Tartu_pedagoogiumi_aruanded, lk 14
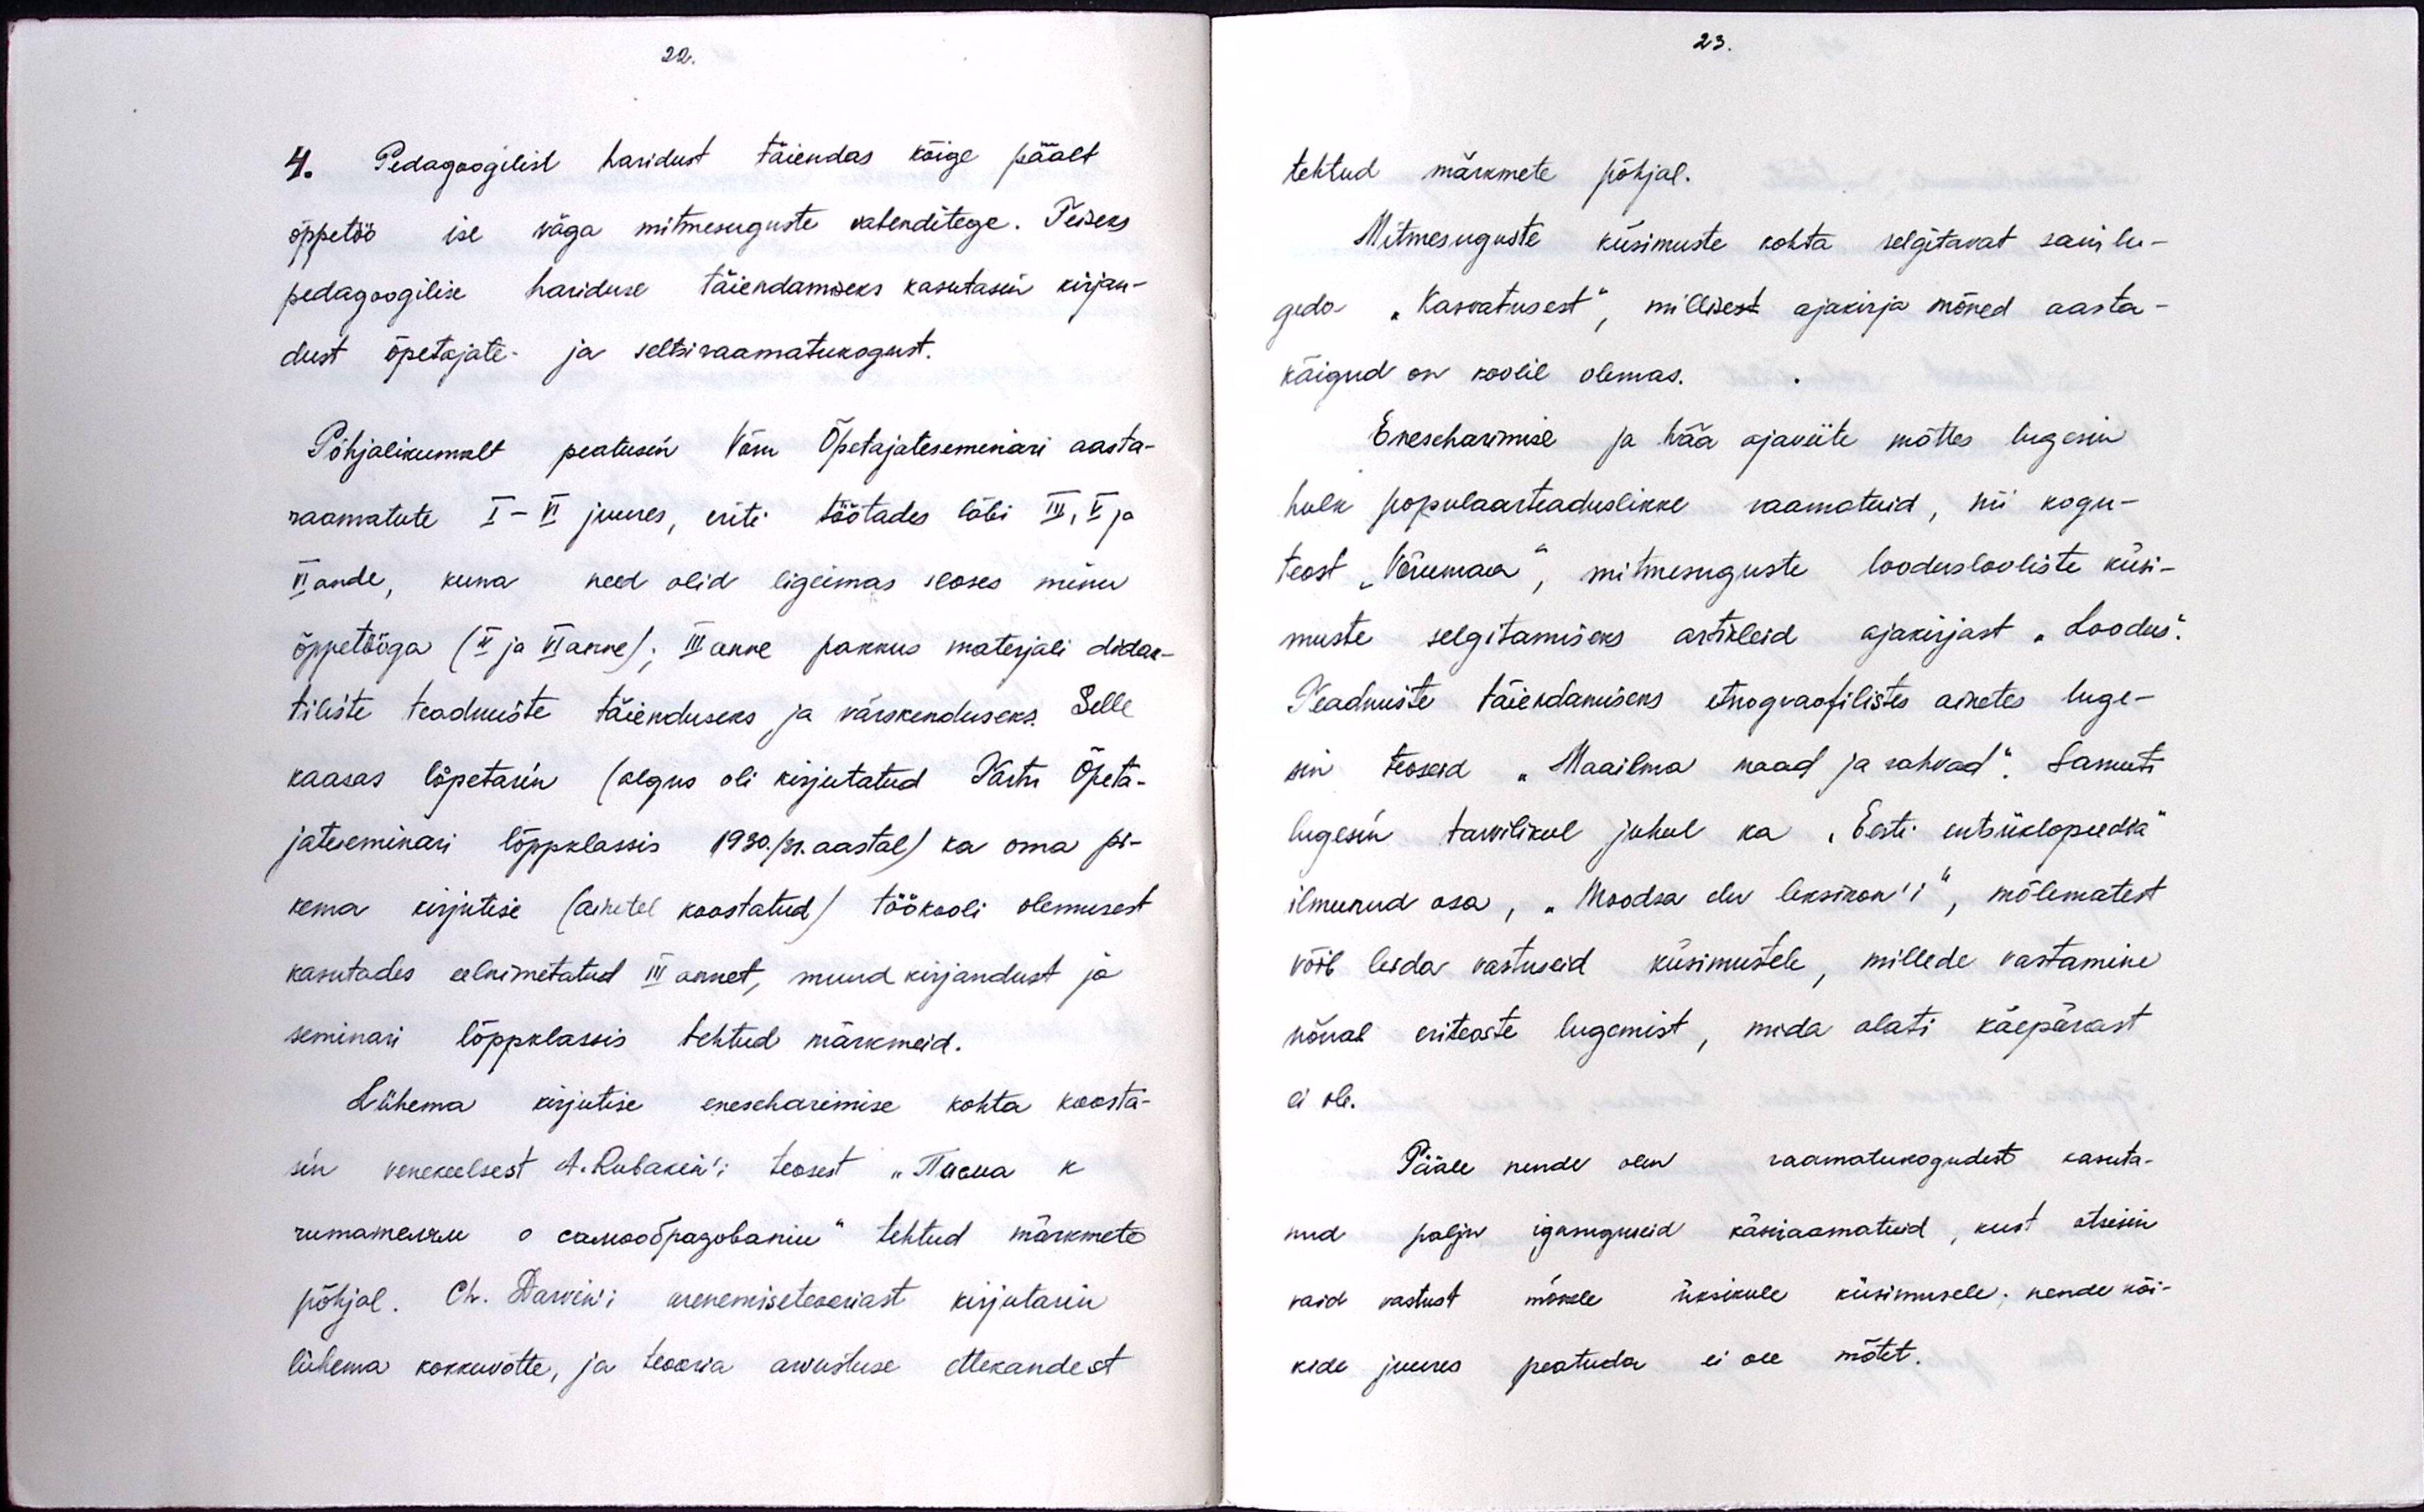
22.

4. Pedagoogilist haridust täiendas kõige päält
õppetöö ise väga mitmesuguste vahenditege. Teiseks
pedagoogilise hariduse täiendamiseks kasutasin kirjan-
dust õpetajate- ja seltsiraamatukogust.
Põhjalikumalt peatusin Võru Õpetajateseminari aasta-
raamatute I - VI juures, eriti töötades läbi III, V ja
VI ande, kuna need olid ligeimas seoses minu
õppetööga (V ja VI anne); III anne pakkus materjali didak-
tiliste teadmiste täienduseks ja värskenduseks. Selle
kaasas lõpetasin (algus oli kirjutatud Tartu Õpeta-
jateseminari lõppklassis 1930./01.aastal) ka oma pi-
kema kirjutise (ainetel koostatud) töökooli olemusest
kasutades eelnimetatud III annet, muud kirjandust ja
seminari lõppklassis tehtud märkmeid.
Lühema kirjutise eneseharimise kohta koostä-
sin venekeelsest A. Rubakir'i teosest "Мaeva k-
rumamekru ссамоогоразований tehtud märkmete
põhjal. Ch. Darvin'i arenemiseteooriast kirjutasin
lühema kokkuvõtte, ja teooria arvustuse ettekandest

23.

tehtud märkmete põhjal.
Mitmesuguste küsimuste kohta selgitavat sain lu-
geda "Kasvatusest", millisest ajakirja mõned aasta-
käigud on koolil olemas.
Eneseharimise ja hää ajaviite mõttes lugesin
hulk populaarteaduslikke raamatuid, nii kogu-
teost "Võrumaa", mitmesuguste looduslooliste küsi-
muste selgitamiseks artikleid ajakirjast "Loodus".
Teadmiste täiendamiseks etnograafilistes ainetes luge-
sin teosid "Maailma maad ja rahvad". Samuti
lugesin tarvilikul juhul ka "Eesti entsüklopeedia"
ilmunud osa, "Moodsa elu leksikon'i", mõlematest
võib leida vastuseid küsimustele, millede vastamine
nõuab eriteaste lugemist, mida alati käepärast
ei ole.
Pääle nende olen raamatukogudest kasuta-
nud palju igasuguseid käseiaamatuid, kust otsisin
vaid vastust mõnele üksikule küsimusele; nende kõi-
kide juures peatuda ei ole mõtet.